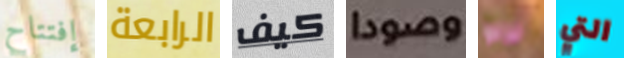
إفتتاح الرابعة كيف وصودا نزلوا التي